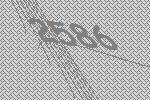
2586